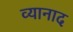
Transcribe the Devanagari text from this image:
व्यानाद